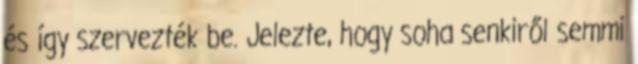
és így szervezték be. Jelezte, hogy soha senkiről semmi